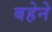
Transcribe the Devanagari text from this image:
बहेने